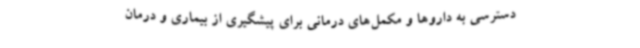
دسترسی به داروها و مکمل‌های درمانی برای پیشگیری از بیماری و درمان